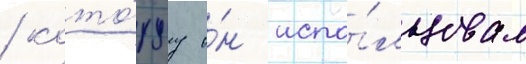
/ кото́руу о́н испо́льзовал